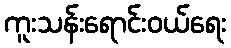
ကူးသန်းရောင်းဝယ်ရေး